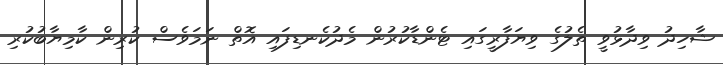
ޝާހިދު ވިދާޅުވީ ތެލުގެ ވިޔަފާރީގައި ޓެންޑާކުރުން މެދުކެނޑިފައި އޮތް ނަމަވެސް ކުރިން ކާމިޔާބުކުރި